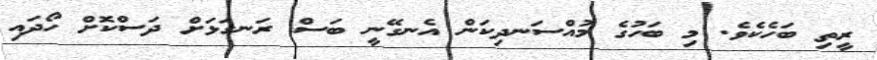
ރީތި ބަހެކެވެ. މި ބަހުގެ މުއްސަނދިކަން އެނގޭނީ ބަސް ރަނގަޅަށް ދަސްކޮށް ހޯދައި